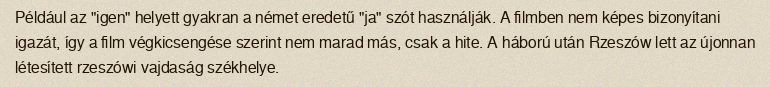
Például az "igen" helyett gyakran a német eredetű "ja" szót használják. A filmben nem képes bizonyítani igazát, így a film végkicsengése szerint nem marad más, csak a hite. A háború után Rzeszów lett az újonnan létesített rzeszówi vajdaság székhelye.